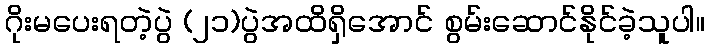
ဂိုးမပေးရတဲ့ပွဲ (၂၁)ပွဲအထိရှိအောင် စွမ်းဆောင်နိုင်ခဲ့သူပါ။